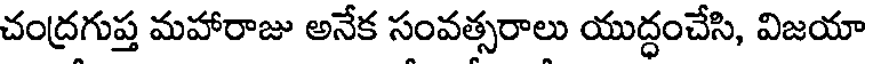
చంద్రగుప్త మహారాజు అనేక సంవత్సరాలు యుద్ధంచేసి, విజయా